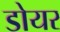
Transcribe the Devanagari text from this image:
डोयर